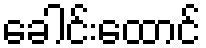
ခေါင်းထောင်